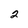
Character: 2